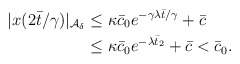
\begin{align*}\begin{aligned}|x(2\bar{t}/\gamma)|_{\mathcal{A}_\delta} &\le \kappa \bar c_0 e^{-\gamma \lambda \bar{t}/\gamma} + \bar c\\&\le \kappa \bar c_0 e^{-\lambda \bar{t}_2} + \bar c < \bar c_0.\end{aligned}\end{align*}